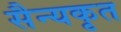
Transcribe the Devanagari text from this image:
सैन्यकृत